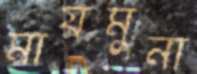
মায়মুনা